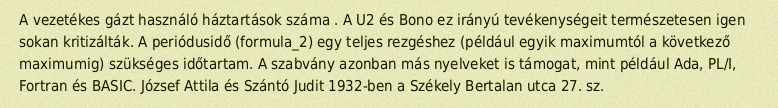
A vezetékes gázt használó háztartások száma . A U2 és Bono ez irányú tevékenységeit természetesen igen sokan kritizálták. A periódusidő (formula_2) egy teljes rezgéshez (például egyik maximumtól a következő maximumig) szükséges időtartam. A szabvány azonban más nyelveket is támogat, mint például Ada, PL/I, Fortran és BASIC. József Attila és Szántó Judit 1932-ben a Székely Bertalan utca 27. sz.